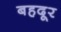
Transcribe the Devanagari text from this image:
बहदूर